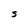
Character: S